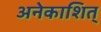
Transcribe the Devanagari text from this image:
अनेकाशित्‌